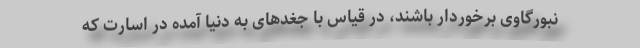
نبورگاوی برخوردار باشند، در قیاس با جغدهای به دنیا آمده در اسارت که